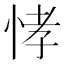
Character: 𭜸